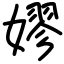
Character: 嫪